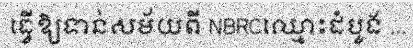
ធ្វើឱ្យទាន់សម័យពី NBRCឈ្មោះដំបូង ...